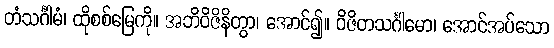
တံသင်္ဂါမံ၊ ထိုစစ်မြေကို။ အဘိဝိဇိနိတွာ၊ အောင်၍။ ဝိဇိတသင်္ဂါမော၊ အောင်အပ်သော